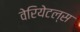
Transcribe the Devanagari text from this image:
वेरियेटल्स